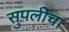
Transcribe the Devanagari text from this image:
सुपलीचा